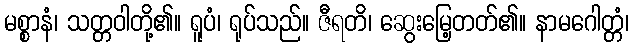
မစ္စာနံ၊ သတ္တဝါတို့၏။ ရူပံ၊ ရုပ်သည်။ ဇီရတိ၊ ဆွေးမြေ့တတ်၏။ နာမဂေါတ္တံ၊